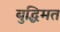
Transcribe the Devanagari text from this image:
बुद्धिमत